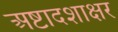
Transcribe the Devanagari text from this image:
अष्टादशाक्षर